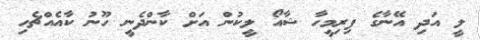
ލީ އަދި އޭނާގެ ފިރިމީހާ ޝާއޯ ލީކުން އަށް ކާންދެނީ ހޫނު ކާއެއްޗެހި